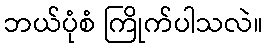
ဘယ်ပုံစံ ကြိုက်ပါသလဲ။